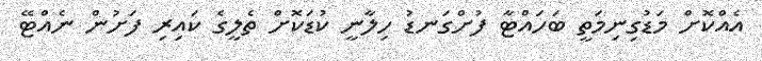
އެއްކޮށް މަޑުގިނިމަތީ ބަހައްޓާ ފުށްގަނޑު ހިލާނީ ކުޑަކޮށް ތެލީގެ ކައިރި ފަށުން ނެއްޓޭ